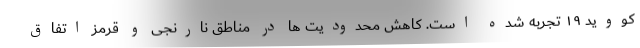
کووید ۱۹ تجربه شده است. کاهش محدودیت ها در مناطق نارنجی و قرمز اتفاق